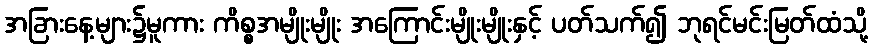
အခြားနေ့များ၌မူကား ကိစ္စအမျိုးမျိုး အကြောင်းမျိုးမျိုးနှင့် ပတ်သက်၍ ဘုရင်မင်းမြတ်ထံသို့